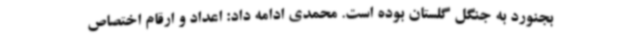
بجنورد به جنگل گلستان بوده است. محمدی ادامه داد: اعداد و ارقام اختصاص